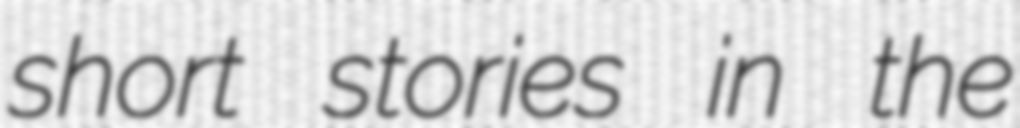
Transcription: short stories in the